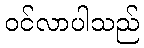
ဝင်လာပါသည်